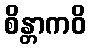
စိန္တာကဝိ